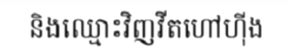
និងឈ្មោះវិញវីតហៅហ៊ីង